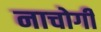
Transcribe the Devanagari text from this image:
नाचोगी